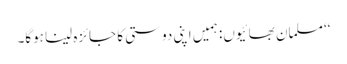
‘‘ مسلمان بھائیوں: ہمیں اپنی دوستی کا جائزہ لینا ہوگا۔